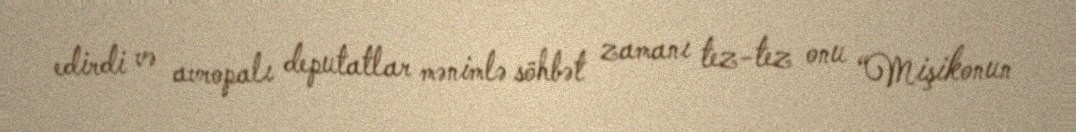
edirdi və avropalı deputatlar mənimlə söhbət zamanı tez-tez onu “Mişikonun